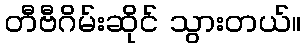
တီဗီဂိမ်းဆိုင် သွားတယ်။